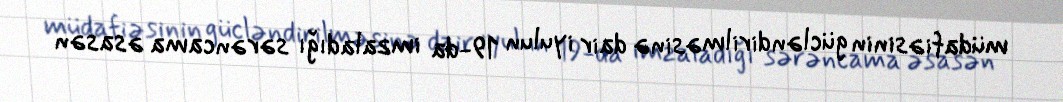
müdafiəsinin gücləndirilməsinə dair iyulun 19-da imzaladığı sərəncama əsasən